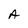
Character: A